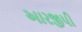
આરજીપી